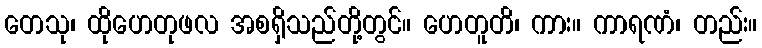
တေသု၊ ထိုဟေတုဖလ အစရှိသည်တို့တွင်။ ဟေတူတိ၊ ကား။ ကာရဏံ၊ တည်း။